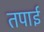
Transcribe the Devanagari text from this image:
तपाई